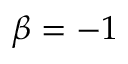
\beta = - 1